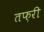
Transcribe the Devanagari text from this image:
तफ़री